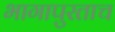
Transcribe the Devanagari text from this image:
भागापुरताच